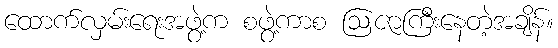
ထောက်လှမ်းရေးအဖွဲ့က စဖွဲ့ကာစ ဩဇာကြီးနေတဲ့အချိန်။